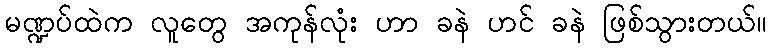
မဏ္ဍပ်ထဲက လူတွေ အကုန်လုံး ဟာ ခနဲ ဟင် ခနဲ ဖြစ်သွားတယ်။